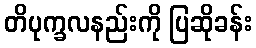
တိပုက္ခလနည်းကို ပြဆိုခန်း